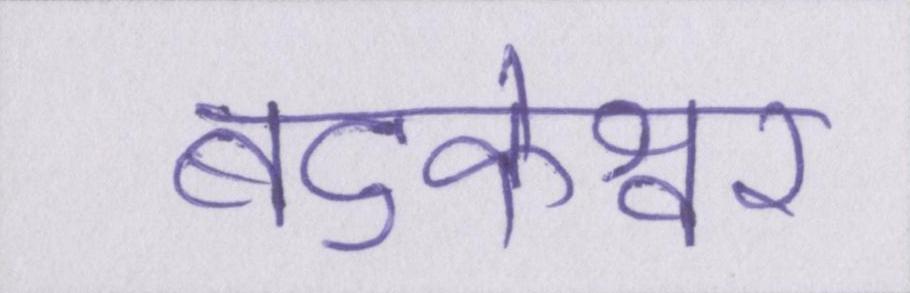
बटुकेश्वर